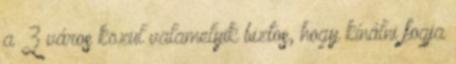
a 3 város közül valamelyik biztos, hogy kínálni fogja